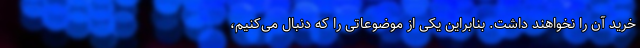
خرید آن را نخواهند داشت. بنابراین یکی از موضوعاتی را که دنبال می‌کنیم،